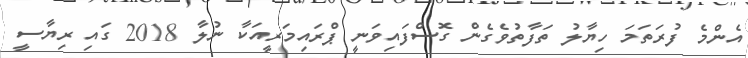
އެންމެ ފުރަތަމަ ހިޔާލު ތަފާތުވެގެން ގޮސްފައިވަނީ ޕްރައިމަރީއަކާ ނުލާ 2018 ގައި ރިޔާސީ